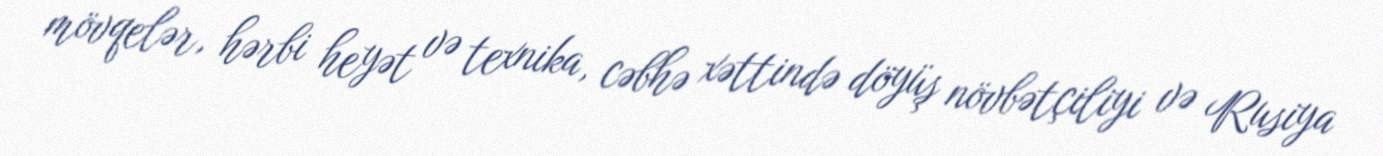
mövqelər, hərbi heyət və texnika, cəbhə xəttində döyüş növbətçiliyi və Rusiya